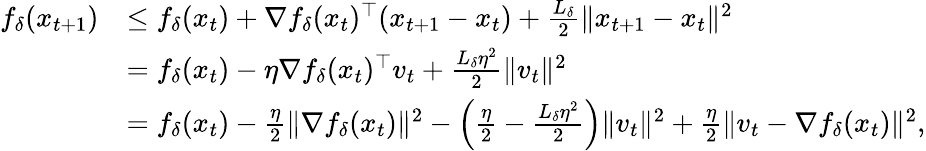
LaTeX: \begin{array}{rl}{f_{\delta}(x_{t+1})}&{\le f_{\delta}(x_{t})+\nabla f_{\delta}(x_{t})^{\top}(x_{t+1}-x_{t})+\frac{L_{\delta}}{2}\Vert x_{t+1}-x_{t}\Vert^{2}}\\ &{=f_{\delta}(x_{t})-\eta\nabla f_{\delta}(x_{t})^{\top}v_{t}+\frac{L_{\delta}\eta^{2}}{2}\Vert v_{t}\Vert^{2}}\\ &{=f_{\delta}(x_{t})-\frac{\eta}{2}\Vert\nabla f_{\delta}(x_{t})\Vert^{2}-\left(\frac{\eta}{2}-\frac{L_{\delta}\eta^{2}}{2}\right)\Vert v_{t}\Vert^{2}+\frac{\eta}{2}\Vert v_{t}-\nabla f_{\delta}(x_{t})\Vert^{2},}\end{array}